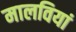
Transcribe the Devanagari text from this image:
मालवियां